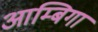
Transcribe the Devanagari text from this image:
आम्बिगा